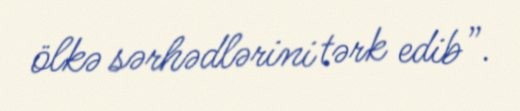
ölkə sərhədlərini tərk edib”.